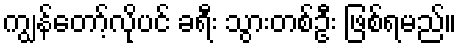
ကျွန်တော့်လိုပင် ခရီး သွားတစ်ဦး ဖြစ်ရမည်။